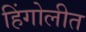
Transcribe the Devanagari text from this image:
हिंगोलीत